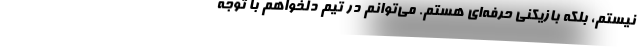
نیستم، بلکه بازیکنی حرفه‌ای هستم. می‌توانم در تیم دلخواهم با توجه